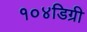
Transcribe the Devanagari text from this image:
१०४डिग्री